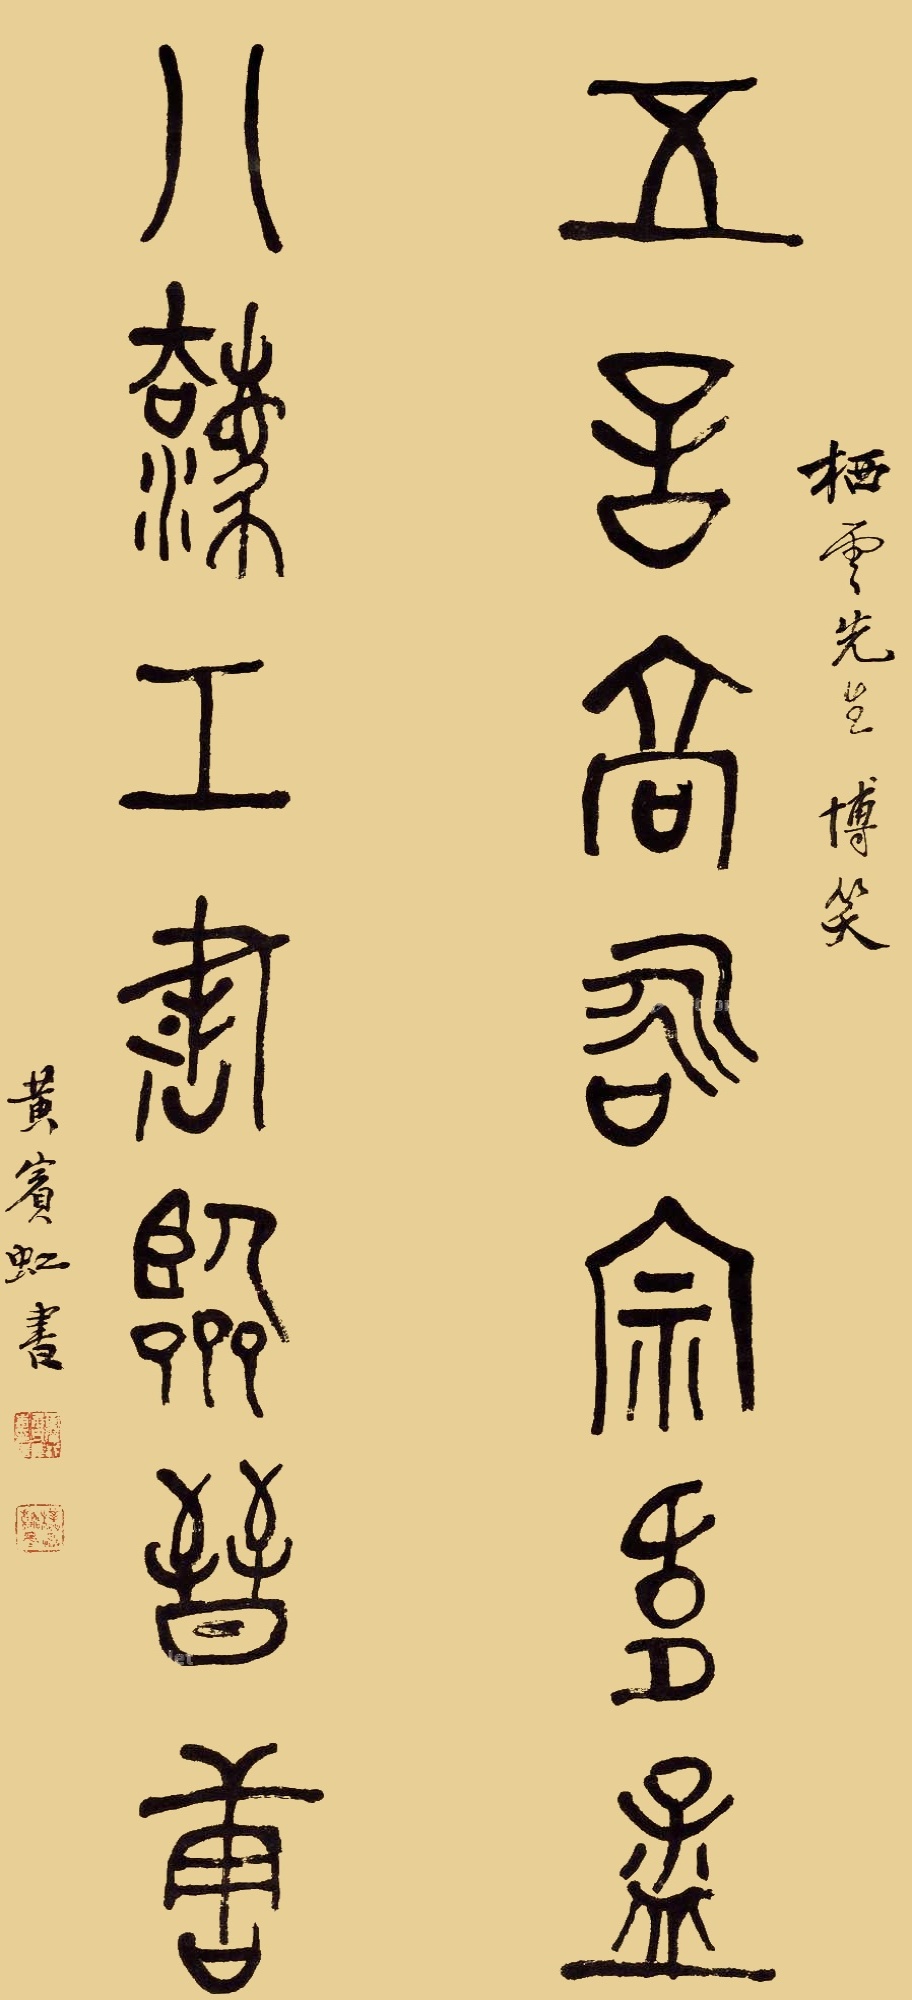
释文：五言高咏宗韦孟，八法工书临晋唐。栖云先生博笑，黄宾虹书。